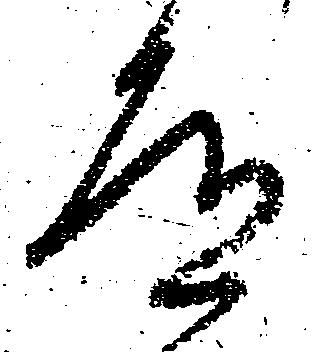
道